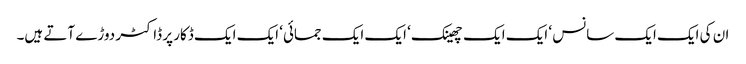
ان کی ایک ایک سانس ‘ ایک ایک چھینک ‘ ایک ایک جمائی‘ ایک ایک ڈکار پر ڈاکٹر دوڑے آتے ہیں۔